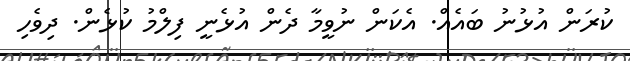
ކުރަން އުޅުނު ބައެއް. އެކަން ނުވީމާ ދެން އުޅެނީ ފިލްމު ކުޅެން. ދިވެހި